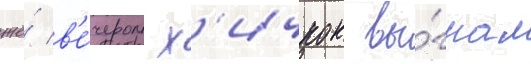
же́ в'е́чером х'ичкок вы́гнал